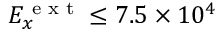
E _ { x } ^ { \textrm { e x t } } \leq 7 . 5 \times 1 0 ^ { 4 }